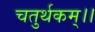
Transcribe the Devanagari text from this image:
चतुर्थकम्।।